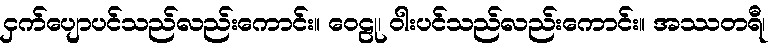
ငှက်ပျောပင်သည်လည်းကောင်း။ ဝေဠု၊ ဝါးပင်သည်လည်းကောင်း။ အဿတရီ၊